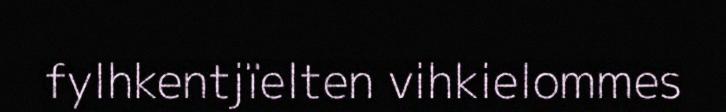
fylhkentjïelten vihkielommes